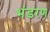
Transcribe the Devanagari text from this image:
भंडरण